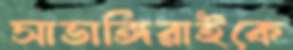
সাভাঙ্গিরাইকে